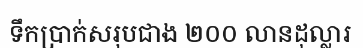
ទឹកប្រាក់សរុបជាង ២០០ លានដុល្លារ